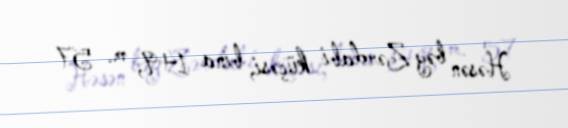
Həsən bəy Zərdabi küçəsi, bina 149, m. 57